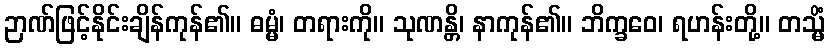
ဉာဏ်ဖြင့်နိုင်းချိန်ကုန်၏။ ဓမ္မံ၊ တရားကို။ သုဏန္တိ၊ နာကုန်၏။ ဘိက္ခဝေ၊ ရဟန်းတို့။ တသ္မိံ